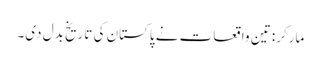
مارکر: تین واقعات نے پاکستان کی تاریخ بدل دی۔